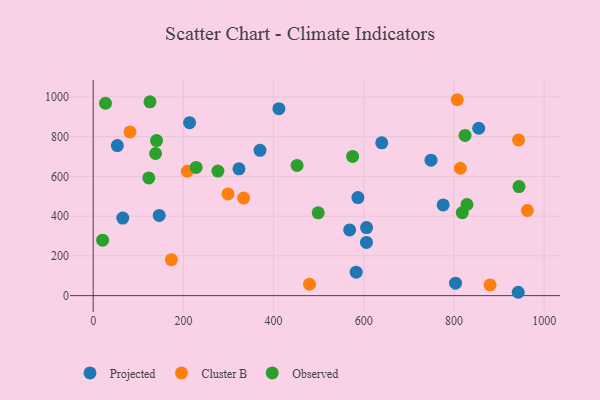
{"axis": {"x": "Experience", "y": "Demand"}, "legend": ["Cluster B", "Observed", "Projected"], "data": [{"x": "854.9", "y": 842.4, "type": "Projected"}, {"x": "53.5", "y": 755.0, "type": "Projected"}, {"x": "323.2", "y": 638.4, "type": "Projected"}, {"x": "411.8", "y": 940.9, "type": "Projected"}, {"x": "369.9", "y": 731.1, "type": "Projected"}, {"x": "942.5", "y": 16.9, "type": "Projected"}, {"x": "776.0", "y": 456.4, "type": "Projected"}, {"x": "65.6", "y": 390.3, "type": "Projected"}, {"x": "803.5", "y": 62.7, "type": "Projected"}, {"x": "583.1", "y": 118.2, "type": "Projected"}, {"x": "605.9", "y": 267.9, "type": "Projected"}, {"x": "639.8", "y": 769.2, "type": "Projected"}, {"x": "213.7", "y": 870.3, "type": "Projected"}, {"x": "568.6", "y": 330.8, "type": "Projected"}, {"x": "587.0", "y": 493.7, "type": "Projected"}, {"x": "606.2", "y": 342.4, "type": "Projected"}, {"x": "146.4", "y": 403.7, "type": "Projected"}, {"x": "749.1", "y": 682.0, "type": "Projected"}, {"x": "173.4", "y": 181.0, "type": "Cluster B"}, {"x": "208.6", "y": 626.1, "type": "Cluster B"}, {"x": "807.3", "y": 986.0, "type": "Cluster B"}, {"x": "333.6", "y": 491.0, "type": "Cluster B"}, {"x": "81.6", "y": 824.0, "type": "Cluster B"}, {"x": "814.1", "y": 641.0, "type": "Cluster B"}, {"x": "962.8", "y": 428.5, "type": "Cluster B"}, {"x": "298.9", "y": 511.9, "type": "Cluster B"}, {"x": "479.7", "y": 57.4, "type": "Cluster B"}, {"x": "880.0", "y": 54.0, "type": "Cluster B"}, {"x": "943.3", "y": 783.8, "type": "Cluster B"}, {"x": "125.9", "y": 975.5, "type": "Observed"}, {"x": "452.1", "y": 655.5, "type": "Observed"}, {"x": "575.3", "y": 700.4, "type": "Observed"}, {"x": "228.3", "y": 645.4, "type": "Observed"}, {"x": "138.3", "y": 715.4, "type": "Observed"}, {"x": "20.9", "y": 279.2, "type": "Observed"}, {"x": "498.9", "y": 416.6, "type": "Observed"}, {"x": "944.2", "y": 548.8, "type": "Observed"}, {"x": "824.6", "y": 806.1, "type": "Observed"}, {"x": "818.4", "y": 417.7, "type": "Observed"}, {"x": "276.5", "y": 626.9, "type": "Observed"}, {"x": "123.3", "y": 592.5, "type": "Observed"}, {"x": "140.4", "y": 780.6, "type": "Observed"}, {"x": "27.3", "y": 968.2, "type": "Observed"}, {"x": "828.9", "y": 458.7, "type": "Observed"}]}